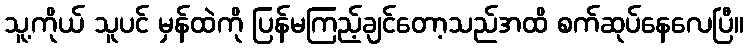
သူ့ကိုယ် သူပင် မှန်ထဲကို ပြန်မကြည့်ချင်တော့သည်အထိ စက်ဆုပ်နေလေပြီ။